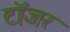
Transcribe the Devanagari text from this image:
टॉजर